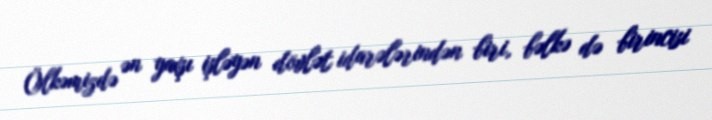
Ölkəmizdə ən yaxşı işləyən dövlət idarələrindən biri, bəlkə də birincisi